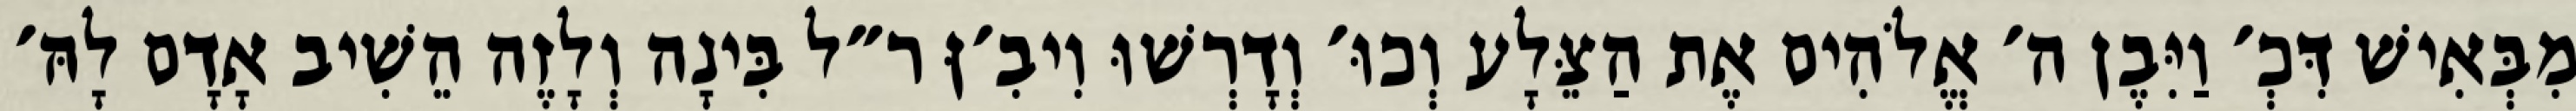
מִבְּאִישׁ דִּכְ׳ וַיִּבֶן ה׳ אֱלֹהִים אֶת הַצֵּלָע וְכוּ׳ וְדָרְשׁוּ וִיבִ׳ןּ ר״ל בִּינָה וְלָזֶה הֵשִׁיב אָדָם לָהּ׳